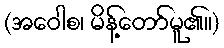
(အဝေါစ၊ မိန့်တော်မူ၏။)